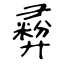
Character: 彛